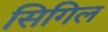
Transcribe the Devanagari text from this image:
सिगिल